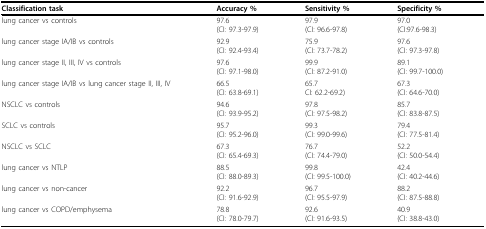
<table><thead><tr><td><b>Classification task</b></td><td><b>Accuracy %</b></td><td><b>Sensitivity%</b></td><td><b>Specificity%</b></td></tr></thead><tbody><tr><td>lung cancer vs controls</td><td>97.6(CI: 97.3-97.9)</td><td>97.9(CI: 96.6-97.8)</td><td>97.0(CI:97.6-98.3)</td></tr><tr><td>lung cancer stage IA/IB vs controls</td><td>92.9(CI: 92.4-93.4)</td><td>75.9(CI: 73.7-78.2)</td><td>97.6(CI: 97.3-97.8)</td></tr><tr><td>lung cancer stage II, III, IV vs controls</td><td>97.6(CI: 97.1-98.0)</td><td>99.9(CI: 87.2-91.0)</td><td>89.1(CI: 99.7-100.0)</td></tr><tr><td>lung cancer stage IA/IB vs lung cancer stage II, III, IV</td><td>66.5(CI: 63.8-69.1)</td><td>65.7CI: 62.2-69.2)</td><td>67.3(CI: 64.6-70.0)</td></tr><tr><td>NSCLC vs controls</td><td>94.6(CI: 93.9-95.2)</td><td>97.8(CI: 97.5-98.2)</td><td>85.7(CI: 83.8-87.5)</td></tr><tr><td>SCLC vs controls</td><td>95.7(CI: 95.2-96.0)</td><td>99.3(CI: 99.0-99.6)</td><td>79.4(CI: 77.5-81.4)</td></tr><tr><td>NSCLC vs SCLC</td><td>67.3(CI: 65.4-69.3)</td><td>76.7(CI: 74.4-79.0)</td><td>52.2(CI: 50.0-54.4)</td></tr><tr><td>lung cancer vs NTLP</td><td>88.5(CI: 88.0-89.3)</td><td>99.8(CI: 99.5-100.0)</td><td>42.4(CI: 40.2-44.6)</td></tr><tr><td>lung cancer vs non-cancer</td><td>92.2(CI: 91.6-92.9)</td><td>96.7(CI: 95.5-97.9)</td><td>88.2(CI: 87.5-88.8)</td></tr><tr><td>lung cancer vs COPD/emphysema</td><td>78.8(CI: 78.0-79.7)</td><td>92.6(CI: 91.6-93.5)</td><td>40.9(CI: 38.8-43.0)</td></tr></tbody></table>